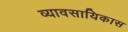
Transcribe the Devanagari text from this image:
व्यावसायिकास